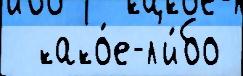
  како́е-л'и́бо